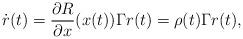
LaTeX: \begin{align*} \dot r(t) = \frac{\partial R}{\partial x}(x(t)) \Gamma r(t) = \rho(t) \Gamma r(t),\end{align*}